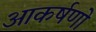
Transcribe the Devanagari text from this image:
आकर्षणो